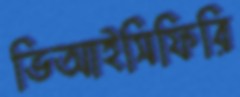
ভিআইসিফিরি